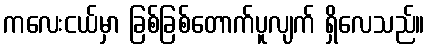
ကလေးငယ်မှာ ခြစ်ခြစ်တောက်ပူလျက် ရှိလေသည်။